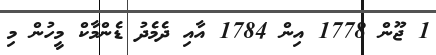
1 ޖޫން 1778 އިން 1784 އާއި ދެމެދު ޑެންމާކް މީހުން މި